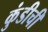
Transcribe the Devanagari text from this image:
कुंडीची